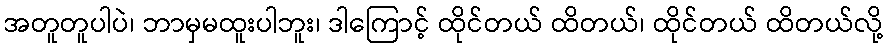
အတူတူပါပဲ၊ ဘာမှမထူးပါဘူး၊ ဒါကြောင့် ထိုင်တယ် ထိတယ်၊ ထိုင်တယ် ထိတယ်လို့